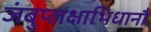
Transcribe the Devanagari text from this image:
जंबुप्लक्षाभिधानौ